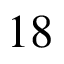
1 8